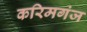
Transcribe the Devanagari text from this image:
करिमगंज